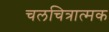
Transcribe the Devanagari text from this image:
चलचित्रात्मक